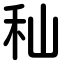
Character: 秈